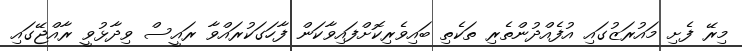
މިރޭ ފެށި މައުރަޒުގައި އުފެއްދުންތެރި ތަކެތި ބައިވެރިކޮށްފައިވާކަން ފާހަގަކުރައްވާ ރައީސް ވިދާޅުވީ ރާއްޖޭގައި